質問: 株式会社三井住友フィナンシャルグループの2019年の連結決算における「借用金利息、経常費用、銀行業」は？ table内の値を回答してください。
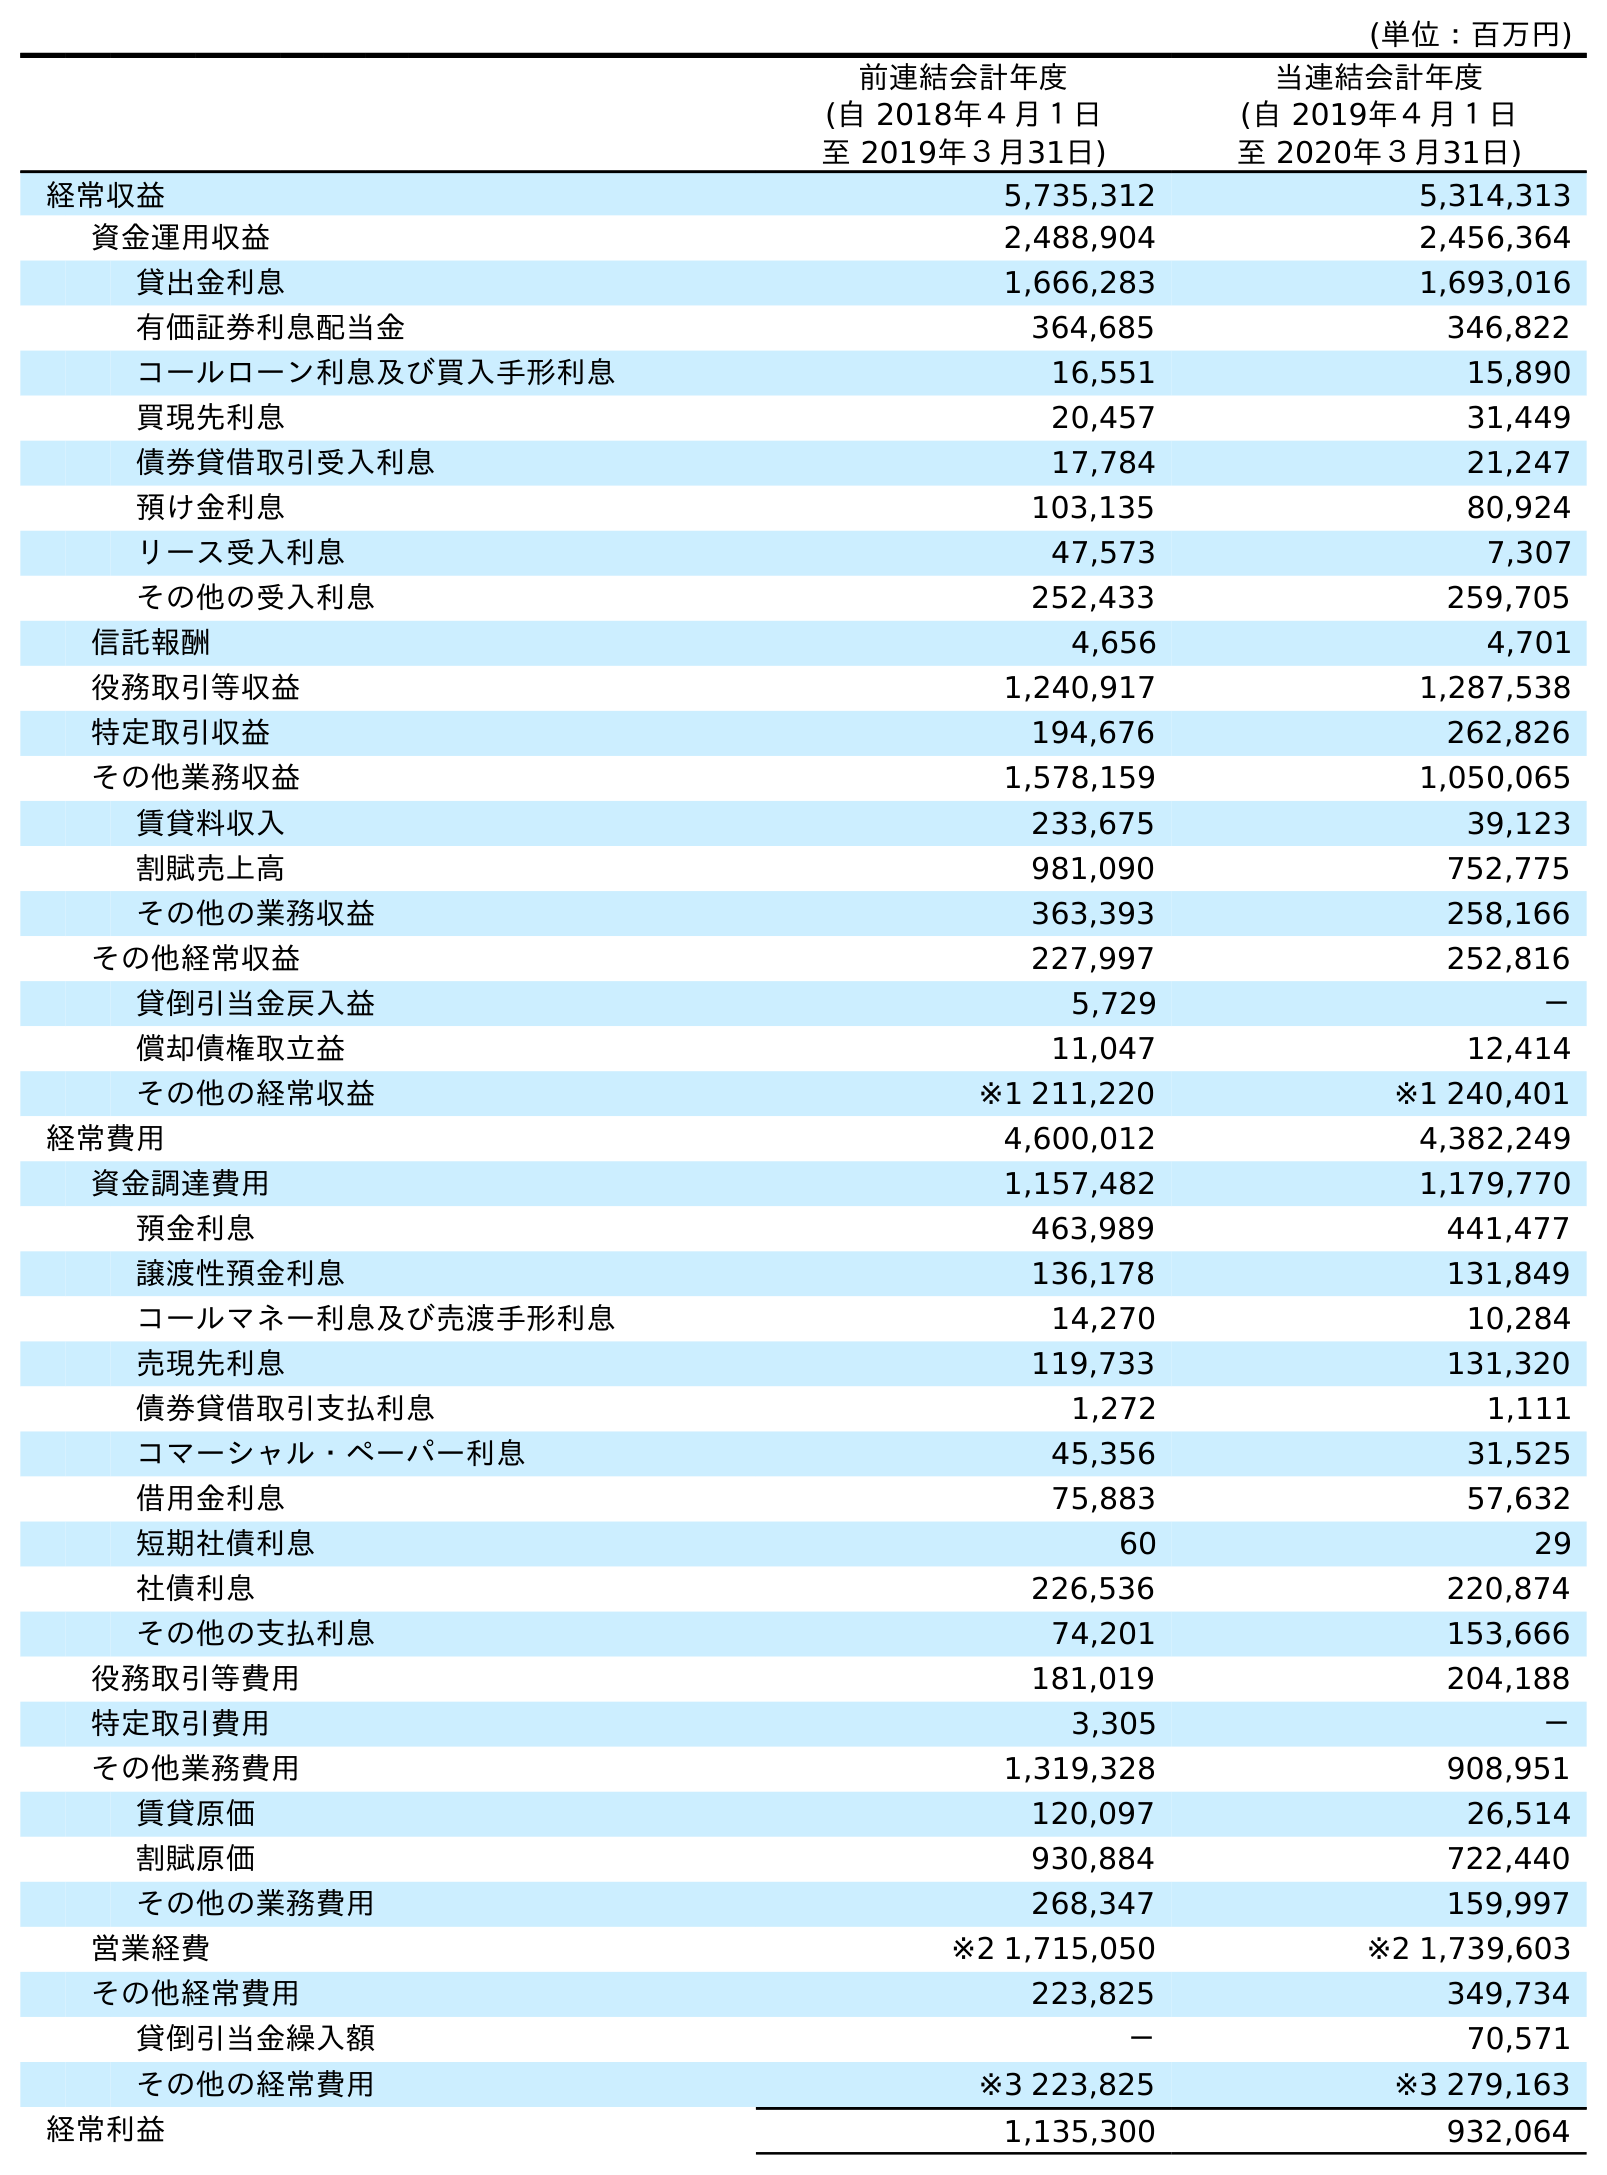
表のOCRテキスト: (単位：百万円) 前連結会計年度 (自 2018年４月１日 至 2019年３月31日) 当連結会計年度 (自 2019年４月１日 至 2020年３月31日) 経常収益 5,735,312 5,314,313 資金運用収益 2,488,904 2,456,364 貸出金利息 1,666,283 1,693,016 有価証券利息配当金 364,685 346,822 コールローン利息及び買入手形利息 16,551 15,890 買現先利息 20,457 31,449 債券貸借取引受入利息 17,784 21,247 預け金利息 103,135 80,924 リース受入利息 47,573 7,307 その他の受入利息 252,433 259,705 信託報酬 4,656 4,701 役務取引等収益 1,240,917 1,287,538 特定取引収益 194,676 262,826 その他業務収益 1,578,159 1,050,065 賃貸料収入 233,675 39,123 割賦売上高 981,090 752,775 その他の業務収益 363,393 258,166 その他経常収益 227,997 252,816 貸倒引当金戻入益 5,729 － 償却債権取立益 11,047 12,414 その他の経常収益 ※1 211,220 ※1 240,401 経常費用 4,600,012 4,382,249 資金調達費用 1,157,482 1,179,770 預金利息 463,989 441,477 譲渡性預金利息 136,178 131,849 コールマネー利息及び売渡手形利息 14,270 10,284 売現先利息 119,733 131,320 債券貸借取引支払利息 1,272 1,111 コマーシャル・ペーパー利息 45,356 31,525 借用金利息 75,883 57,632 短期社債利息 60 29 社債利息 226,536 220,874 その他の支払利息 74,201 153,666 役務取引等費用 181,019 204,188 特定取引費用 3,305 － その他業務費用 1,319,328 908,951 賃貸原価 120,097 26,514 割賦原価 930,884 722,440 その他の業務費用 268,347 159,997 営業経費 ※2 1,715,050 ※2 1,739,603 その他経常費用 223,825 349,734 貸倒引当金繰入額 － 70,571 その他の経常費用 ※3 223,825 ※3 279,163 経常利益 1,135,300 932,064
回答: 75,883